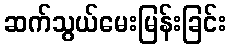
ဆက်သွယ်မေးမြန်းခြင်း